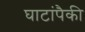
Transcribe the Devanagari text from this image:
घाटांपैकी